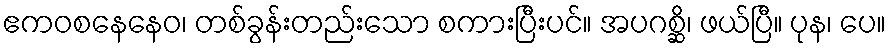
ဧကဝစနေနေဝ၊ တစ်ခွန်းတည်းသော စကားပြီးပင်။ အပဂစ္ဆိ၊ ဖယ်ပြီ။ ပုန၊ ပေ။